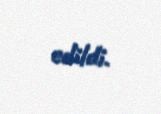
edildi.